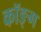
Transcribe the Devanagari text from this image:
कॉङ्‌ग